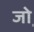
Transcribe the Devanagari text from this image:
जो़